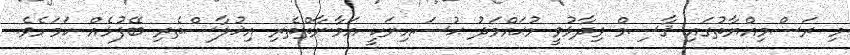
މި ރަސްމިއްޔާތުގައި ޤާސިމް ވިދާޅުވީ މުޙައްމަދު ޙުސައިނަކީ އަމާނާތްތެރި އިޚުލާސްތެރި ބޭފުޅެއް ކަމަށެވެ.